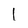
Character: l